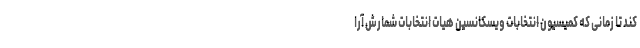
کند تا زمانی که کمیسیون انتخابات ویسکانسین هیات انتخابات شمارش آرا